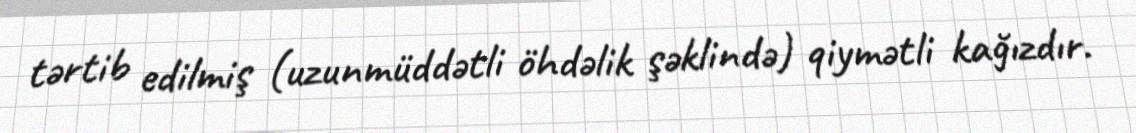
tərtib edilmiş (uzunmüddətli öhdəlik şəklində) qiymətli kağızdır.